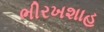
ભીરખશાહ